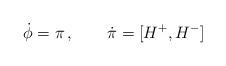
LaTeX: \begin{align*}\dot{\phi} = \pi\,, \qquad \dot{\pi} = [H^+ ,H^- ]\end{align*}